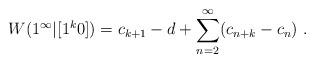
LaTeX: \begin{align*}W(1^\infty|[1^k0]) = c_{k+1} - d + \sum_{n=2}^\infty (c_{n+k} - c_n) \ .\end{align*}